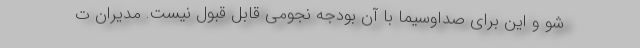
شو و این برای صداوسیما با آن بودجه نجومی قابل قبول نیست. مدیران ت